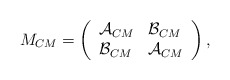
\begin{align*}M_{CM}=\left(\begin{array}{ll}\mathcal{A}_{CM} & \mathcal{B}_{CM} \\\mathcal{B}_{CM} & \mathcal{A}_{CM}\end{array}\right) ,\end{align*}